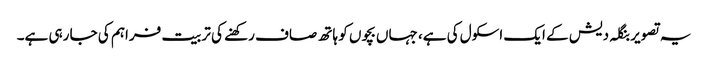
یہ تصویر بنگلہ دیش کے ایک اسکول کی ہے، جہاں بچوں کو ہاتھ صاف رکھنے کی تربیت فراہم کی جا رہی ہے۔